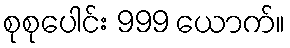
စုစုပေါင်း 999 ယောက်။